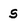
Character: s